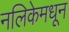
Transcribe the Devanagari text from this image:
नलिकेमधून